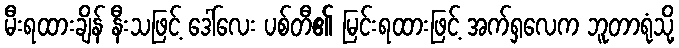
မီးရထားချိန် နီးသဖြင့် ဒေါ်လေး ပစ်တီ၏ မြင်းရထားဖြင့် အက်ရှလေက ဘူတာရုံသို့